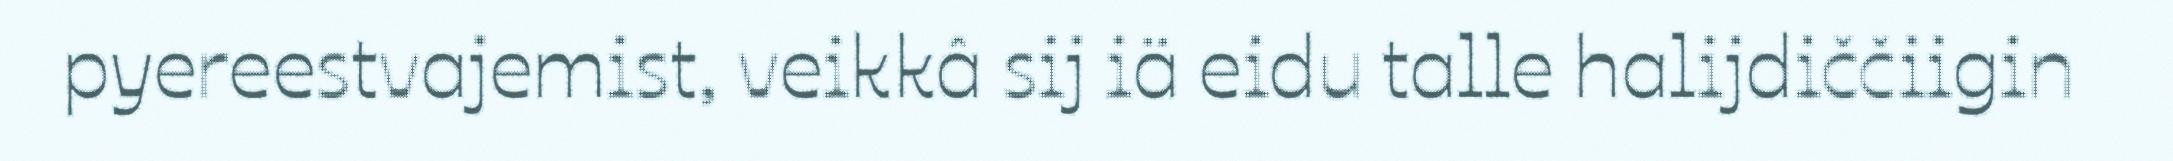
pyereestvajemist, veikkâ sij iä eidu talle halijdiččiigin